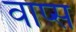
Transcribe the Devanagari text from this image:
वाप्स